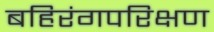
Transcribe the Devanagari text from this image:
बहिरंगपरिक्षण